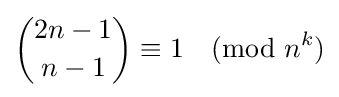
{2n-1 \choose n-1}\equiv 1{\pmod {n^{k}}}